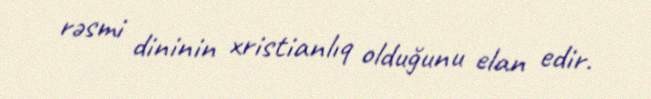
rəsmi dininin xristianlıq olduğunu elan edir.